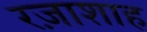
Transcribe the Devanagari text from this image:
रज़ाशाह